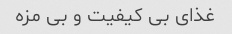
غذای بی کیفیت و بی مزه